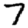
Digit: 7